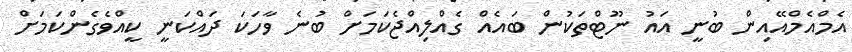
އެމްއެމްއޭއިން ބުނީ އައު ނޫޓްތަކުން ބައެއް ގެއްލިއްޖެކަމަށް ބުނެ ވާހަކަ ދައްކަނީ ކީއްވެގެންކަމަށް